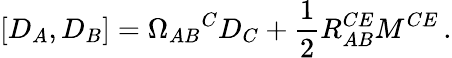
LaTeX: [D_{A},D_{B}]=\Omega_{AB}{}^{C}D_{C}+\frac{1}{2}R_{AB}^{CE}M^{CE}\, .